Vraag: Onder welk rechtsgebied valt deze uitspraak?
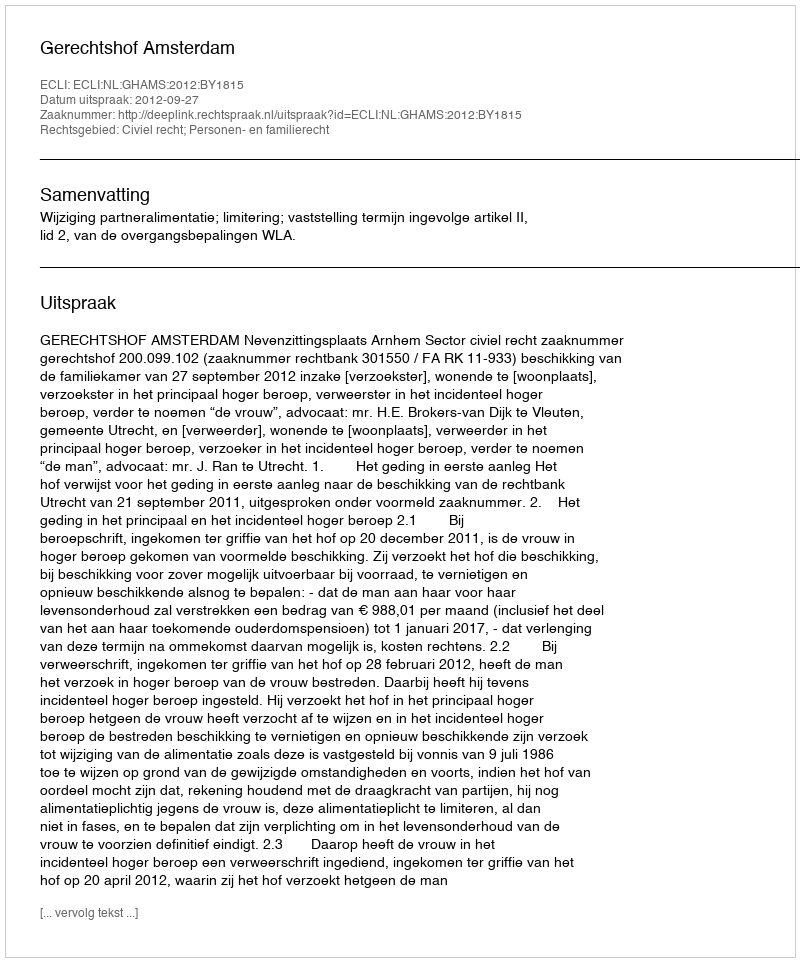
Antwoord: Civiel recht; Personen- en familierecht